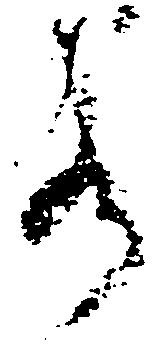
若